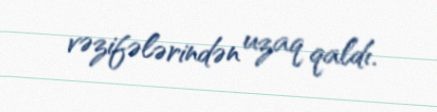
vəzifələrindən uzaq qaldı.